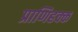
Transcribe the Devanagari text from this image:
प्राणिहक्क